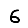
Digit: 6